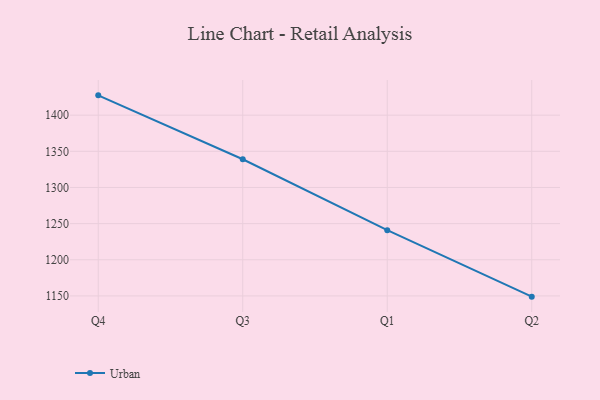
{"axis": {"x": "Quarter", "y": "Energy Usage (MWh)"}, "legend": ["Urban"], "data": [{"x": "Q4", "y": 1427.4, "type": "Urban"}, {"x": "Q3", "y": 1339.0, "type": "Urban"}, {"x": "Q1", "y": 1240.9, "type": "Urban"}, {"x": "Q2", "y": 1149.0, "type": "Urban"}]}